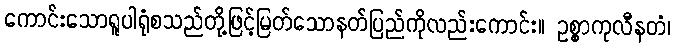
ကောင်းသောရူပါရုံစသည်တို့ဖြင့်မြတ်သောနတ်ပြည်ကိုလည်းကောင်း။ ဥစ္စာကုလီနတံ၊